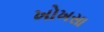
ખોખસા